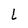
Character: L